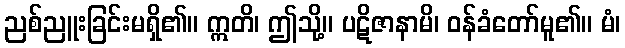
ညစ်ညူးခြင်းမရှိ၏။ ဣတိ၊ ဤသို့။ ပဋိဇာနာမိ၊ ဝန်ခံတော်မူ၏။ မံ၊